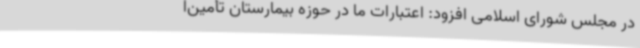
در مجلس شورای اسلامی افزود: اعتبارات ما در حوزه بیمارستان تأمین‌ا